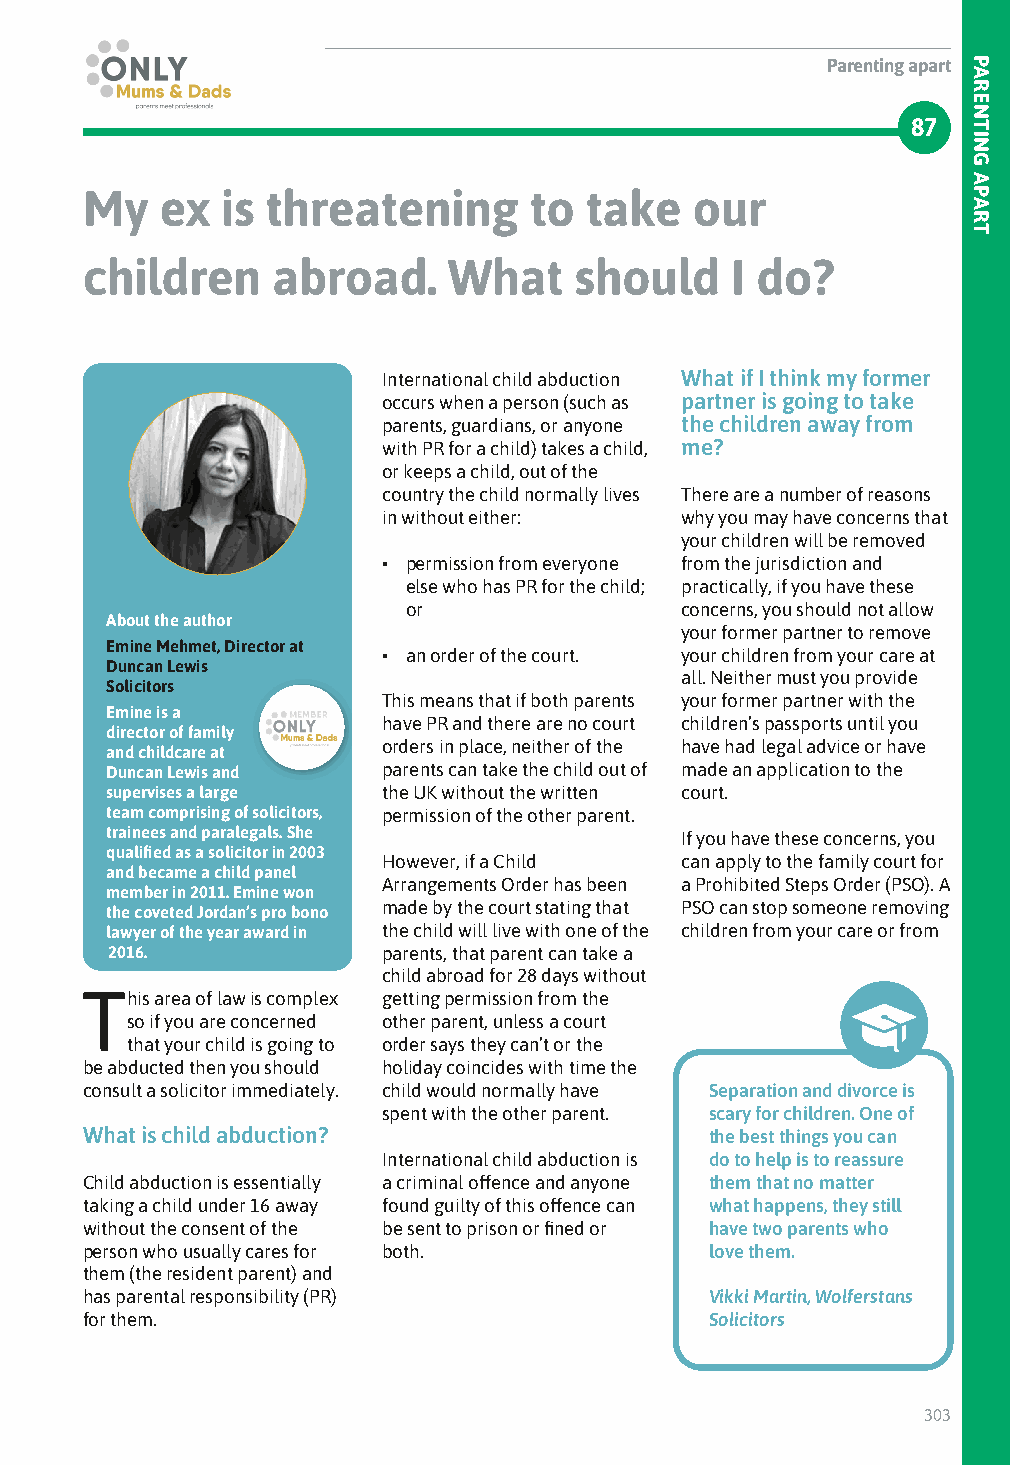
Parenting apart
 87
 My    ex  is threatening      to  take   our
 children     abroad.     What    should    I do?
 International child abduction What if I think my former
 occurs when a person (such as partner is going to take
 parents, guardians, or anyone the children away from
 with PR for a child) takes a child, me?
 or keeps a child, out of the
 country the child normally lives There are a number of reasons
 in without either:  why you may have concerns that
 your children will be removed
 • permission from everyone from the jurisdiction and
 else who has PR for the child; practically, if you have these
 or                concerns, you should not allow
 About the author
 your former partner to remove
 Emine Mehmet, Director at
 • an order of the court. your children from your care at
 Duncan Lewis
 all. Neither must you provide
 Solicitors
 This means that if both parents your former partner with the
 Emine is a
 have PR and there are no court children’s passports until you
 director of family
 orders in place, neither of the have had legal advice or have
 and childcare at
 Duncan Lewis and  parents can take the child out of made an application to the
 supervises a large the UK without the written court.
 team comprising of solicitors, permission of the other parent.
 trainees and paralegals. She          If you have these concerns, you
 qualified as a solicitor in 2003
 However, if a Child can apply to the family court for
 and became a child panel
 Arrangements Order has been a Prohibited Steps Order (PSO). A
 member in 2011. Emine won
 the coveted Jordan’s pro bono made by the court stating that PSO can stop someone removing
 lawyer of the year award in the child will live with one of the children from your care or from
 2016.             parents, that parent can take a
 child abroad for 28 days without
 This area of law is complex getting permission from the
 so if you are concerned other parent, unless a court
 that your child is going to order says they can’t or the
 be abducted then you should holiday coincides with time the
 consult a solicitor immediately. child would normally have Separation and divorce is
 spent with the other parent. scary for children. One of
 What is child abduction?                  the best things you can
 International child abduction is do to help is to reassure
 Child abduction is essentially a criminal offence and anyone them that no matter
 taking a child under 16 away found guilty of this offence can what happens, they still
 without the consent of the be sent to prison or fined or have two parents who
 person who usually cares for both.        love them.
 them (the resident parent) and
 has parental responsibility (PR)          Vikki Martin, Wolferstans
 for them.                                 Solicitors
 303
 PARENTING
 APART